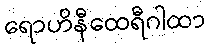
ရောဟိနီထေရီဂါထာ